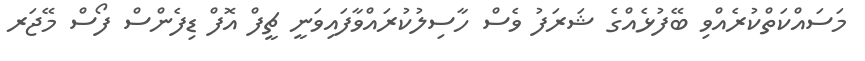
މަސައްކަތްކުރެއްވި ބޭފުޅެއްގެ ޝަރަފު ވެސް ހާސިލުކުރައްވާފައިވަނީ ޗީފް އޮފް ޑިފެންސް ފޯސް މޭޖަރ